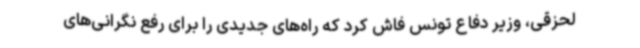
لحزقی، وزیر دفاع تونس فاش کرد که راه‌های جدیدی را برای رفع نگرانی‌های